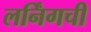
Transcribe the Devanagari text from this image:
लर्निंगची